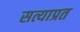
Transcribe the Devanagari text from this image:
सत्याप्रत